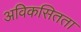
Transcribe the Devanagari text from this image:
अविकसितता